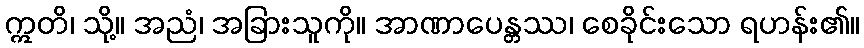
ဣတိ၊ သို့။ အညံ၊ အခြားသူကို။ အာဏာပေန္တဿ၊ စေခိုင်းသော ရဟန်း၏။